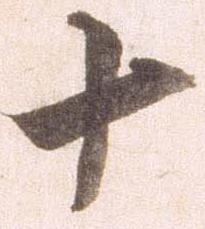
十